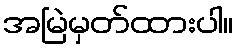
အမြဲမှတ်ထားပါ။